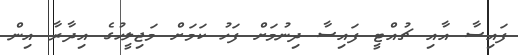
ފައިސާ އާއި ޗުއްޓީ ފައިސާ ދިނުމަށް ފަހު ކަމަށް މަޖިލީހުގެ އިދާރާ އިން